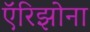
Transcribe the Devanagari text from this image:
ऍरिझोना